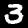
Digit: 3